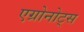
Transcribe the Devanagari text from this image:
एग्रोनोट्स